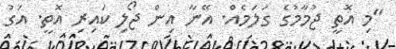
"މި އޮތީ ޖުމާމުގެ ގަލަމެއް. އޭނާ އިން ޖޯލި ކައިރި އޮތީ. އަގު